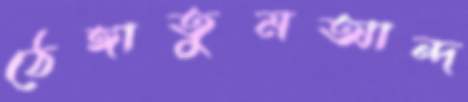
ঠেঙ্গাতুমআন্দ